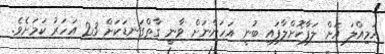
އަމިއްލަ އަށް ލަފާކޮށްލާފައި ބުނީ އަހަންނަށް ވާނީ ގާތްގަނޑަކަށް 23 އަހަރު ކަމަށެވެ.